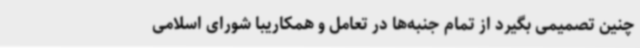
چنین تصمیمی بگیرد از تمام جنبه‌ها در تعامل و همکاریبا شورای اسلامی